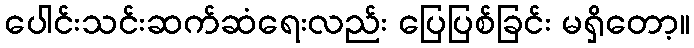
ပေါင်းသင်းဆက်ဆံရေးလည်း ပြေပြစ်ခြင်း မရှိတော့။